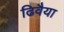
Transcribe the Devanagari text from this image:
ढिवैया